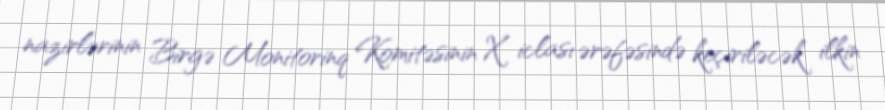
nazirlərinin Birgə Monitorinq Komitəsinin X iclası ərəfəsində keçiriləcək ilkin